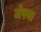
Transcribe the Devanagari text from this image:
जेफ्था